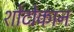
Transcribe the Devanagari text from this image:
शोटोकान